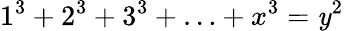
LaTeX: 1^{3}+2^{3}+3^{3}+\ldots+x^{3}=\mathit{y}^{2}